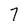
Character: 7